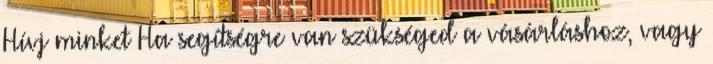
Hívj minket Ha segítségre van szükséged a vásárláshoz, vagy